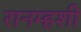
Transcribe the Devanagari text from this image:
रानम्हशी